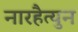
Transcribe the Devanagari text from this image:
नारहैत्युन